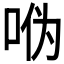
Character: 𫩳